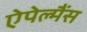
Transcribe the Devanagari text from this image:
ऐपेल्मैंस